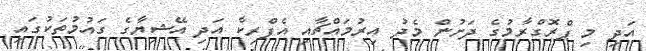
އަދި މި ޕްރޮގްރާމުގެ ދަށުން މެދު އިރުމައްޗާއި އެފްރިކާ އަދި އޭޝިޔާގެ ގައުމުތަކުގައި